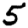
Digit: 5